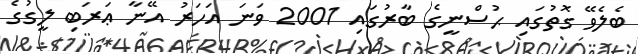
ބެލެވޭ ގޮތުގައި ޙުސްނީގެ ބާރުގައި 2001 ވަނަ އަހަރު އޭނާ ޢަރަބި ލީގުގެ